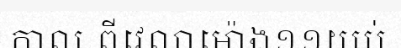
កាល ពីវេលាម៉ោង១១យប់